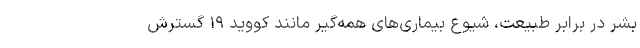
بشر در برابر طبیعت، شیوع بیماری‌های همه‌گیر مانند کووید ۱۹ گسترش